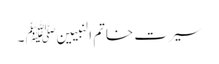
سیرت خاتم النبیین ﷺ ۔